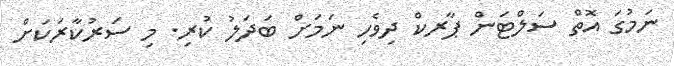
ނަމުގަ އޮތް ސަލްޓަން ޕާރކް ދިވެހި ނަމަށް ބަދަލު ކުރި. މި ސަރުކާރަކަށް